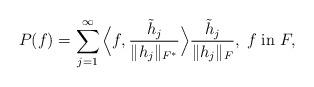
LaTeX: \begin{align*}P(f) = \sum\limits_{j=1}^\infty\Big\langle f, {\frac{\Tilde{h}_j}{\|h_j\|_{F^\ast}}}\Big\rangle {\frac{\Tilde{h}_j}{\|h_j\|_F}}, \; f\;\mathrm{in}\; F,\end{align*}